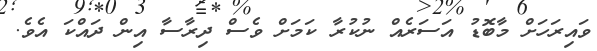
ވައިރަހަށް މާބޮޑު އަސަރެއް ނުކުރާ ކަމަށް ވެސް ދިރާސާ އިން ދައްކަ އެވެ.